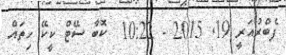
ފެބްރުއަރީ 19